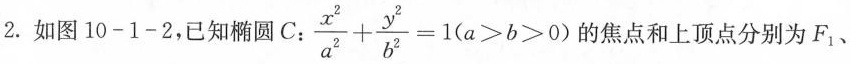
2.如图10-1-2，已知椭圆C:$$\frac{x^{2}}{a^{2}}+ \frac{y^{2}}{b^{2}}=1(a>b>0)$$ 的焦点和上顶点分别为F_{1}、